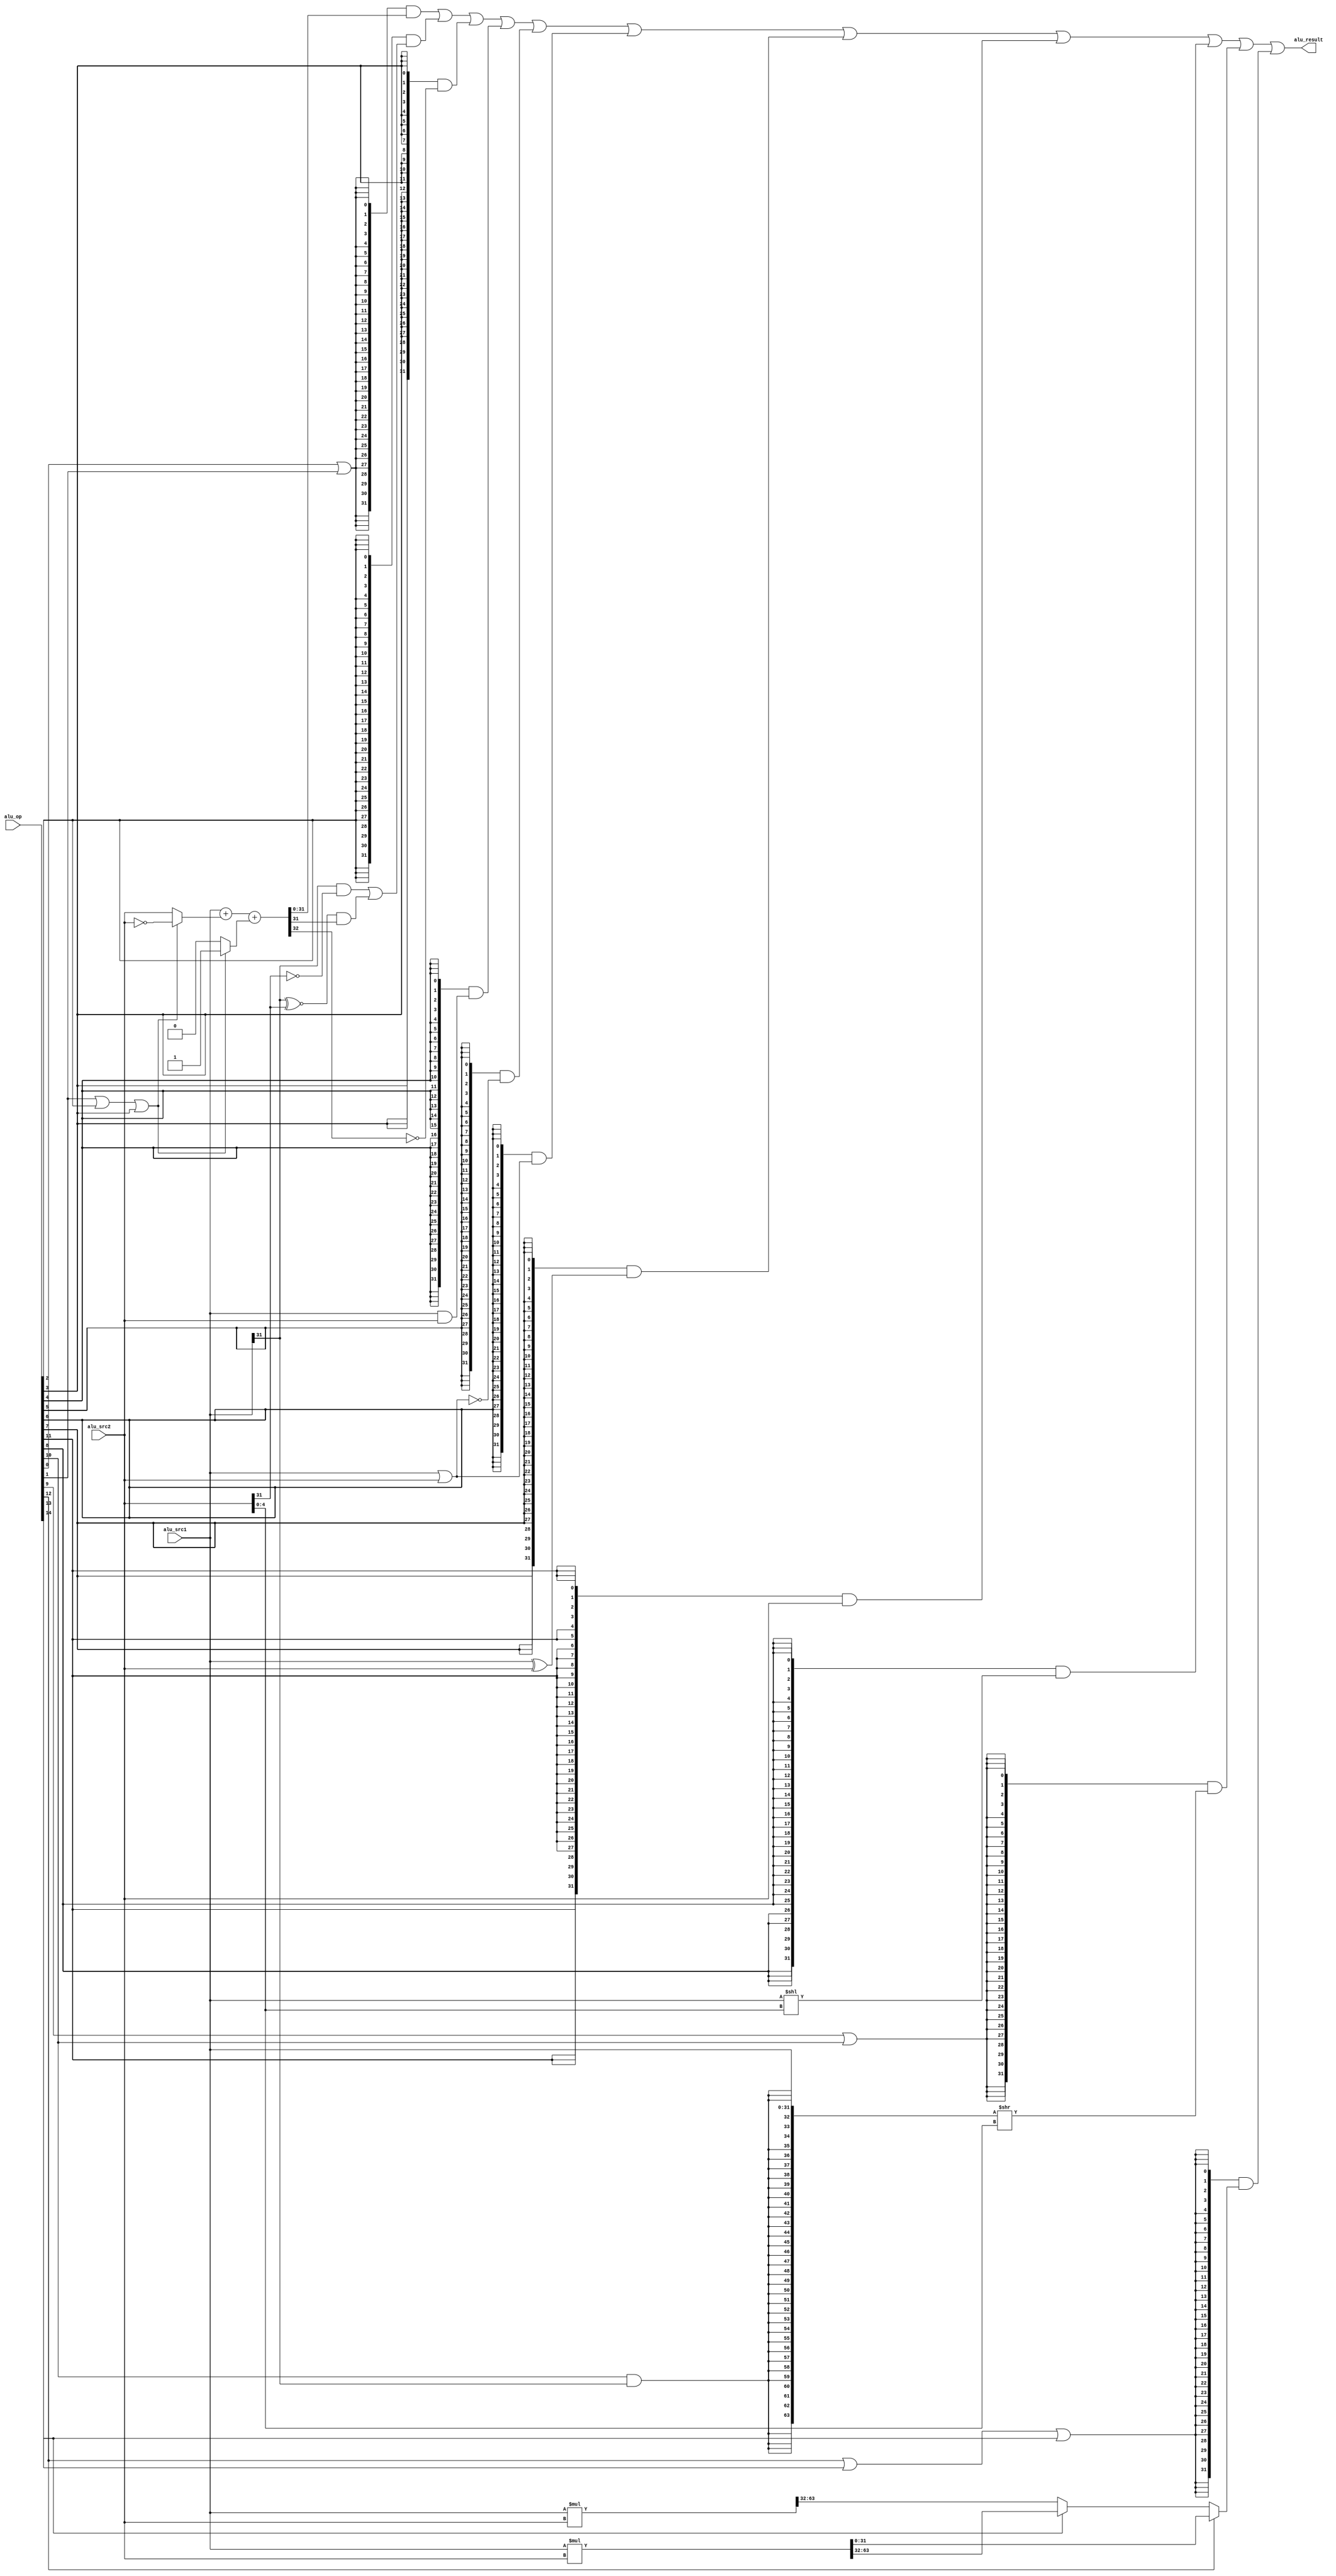
module alu(
  input  [14:0] alu_op,
  input  [31:0] alu_src1,
  input  [31:0] alu_src2,
  output [31:0] alu_result
);

wire op_add;   //add operation
wire op_sub;   //sub operation
wire op_slt;   //signed compared and set less than
wire op_sltu;  //unsigned compared and set less than
wire op_and;   //bitwise and
wire op_nor;   //bitwise nor
wire op_or;    //bitwise or
wire op_xor;   //bitwise xor
wire op_sll;   //logic left shift
wire op_srl;   //logic right shift
wire op_sra;   //arithmetic right shift
wire op_lui;   //Load Upper Immediate
wire op_mul;   //mul operation
wire op_mulh;  //mul operation and high bit is signed
wire op_mulhu; //mul operation and high bit is unsigned


// control code decomposition
assign op_add   = alu_op[ 0];
assign op_sub   = alu_op[ 1];
assign op_slt   = alu_op[ 2];
assign op_sltu  = alu_op[ 3];
assign op_and   = alu_op[ 4];
assign op_nor   = alu_op[ 5];
assign op_or    = alu_op[ 6];
assign op_xor   = alu_op[ 7];
assign op_sll   = alu_op[ 8];
assign op_srl   = alu_op[ 9];
assign op_sra   = alu_op[10];
assign op_lui   = alu_op[11];
assign op_mul   = alu_op[12];
assign op_mulh  = alu_op[13];
assign op_mulhu = alu_op[14];


wire [31:0] add_sub_result;
wire [31:0] slt_result;
wire [31:0] sltu_result;
wire [31:0] and_result;
wire [31:0] nor_result;
wire [31:0] or_result;
wire [31:0] xor_result;
wire [31:0] lui_result;
wire [31:0] sll_result;
wire [63:0] sr64_result;
wire [31:0] sr_result;
wire [63:0] unsigned_prod;
wire [63:0] signed_prod;
wire [31:0] mul_result;



// 32-bit adder
wire [31:0] adder_a;
wire [31:0] adder_b;
wire        adder_cin;
wire [31:0] adder_result;
wire        adder_cout;

assign adder_a   = alu_src1;
assign adder_b   = (op_sub | op_slt | op_sltu) ? ~alu_src2 : alu_src2;  //src1 - src2 rj-rk
assign adder_cin = (op_sub | op_slt | op_sltu) ? 1'b1      : 1'b0;
assign {adder_cout, adder_result} = adder_a + adder_b + adder_cin;

// ADD, SUB result
assign add_sub_result = adder_result;

// SLT result
assign slt_result[31:1] = 31'b0;   //rj < rk 1
assign slt_result[0]    = (alu_src1[31] & ~alu_src2[31])
                        | ((alu_src1[31] ~^ alu_src2[31]) & adder_result[31]);

// SLTU result
assign sltu_result[31:1] = 31'b0;
assign sltu_result[0]    = ~adder_cout;

// bitwise operation
assign and_result = alu_src1 & alu_src2;
assign or_result  = alu_src1 | alu_src2;
assign nor_result = ~or_result;
assign xor_result = alu_src1 ^ alu_src2;
assign lui_result = alu_src2;

// SLL result
assign sll_result = alu_src1 << alu_src2[4:0];   //rj << i5

// SRL, SRA result
assign sr64_result = {{32{op_sra & alu_src1[31]}}, alu_src1[31:0]} >> alu_src2[4:0]; //rj >> i5

assign sr_result   = sr64_result[31:0];

// MUL, MULh, MULU
assign unsigned_prod = alu_src1 * alu_src2;
assign signed_prod   = $signed(alu_src1) * $signed(alu_src2);

assign mul_result = (op_mul)   ? unsigned_prod[31: 0]  :
                    (op_mulhu) ? unsigned_prod[63:32] : signed_prod[63:32];



// final result mux
assign alu_result = ({32{op_add|op_sub}} & add_sub_result)
                  | ({32{op_slt       }} & slt_result)
                  | ({32{op_sltu      }} & sltu_result)
                  | ({32{op_and       }} & and_result)
                  | ({32{op_nor       }} & nor_result)
                  | ({32{op_or        }} & or_result)
                  | ({32{op_xor       }} & xor_result)
                  | ({32{op_lui       }} & lui_result)
                  | ({32{op_sll       }} & sll_result)
                  | ({32{op_srl|op_sra}} & sr_result)
                  | ({32{op_mul|op_mulh|op_mulhu}} & mul_result);

endmodule